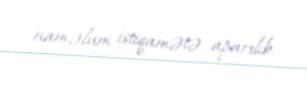
naməlum istiqamətə aparılıb.